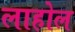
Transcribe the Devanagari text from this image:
लाहोल